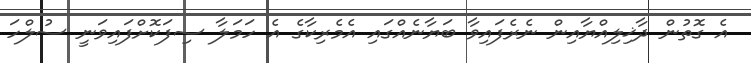
އެ ގޮތުން ދާޚިލިއްޔާއިން ނެރެފައިވާ ބަޔާނެއްގައި އެމެރިކާގެ އެ ހަމަލާ ސިފަކޮށްފައިވަނީ ސުލްހަ